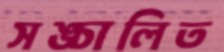
সঙ্চালিত